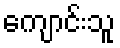
ကျောင်းသူ